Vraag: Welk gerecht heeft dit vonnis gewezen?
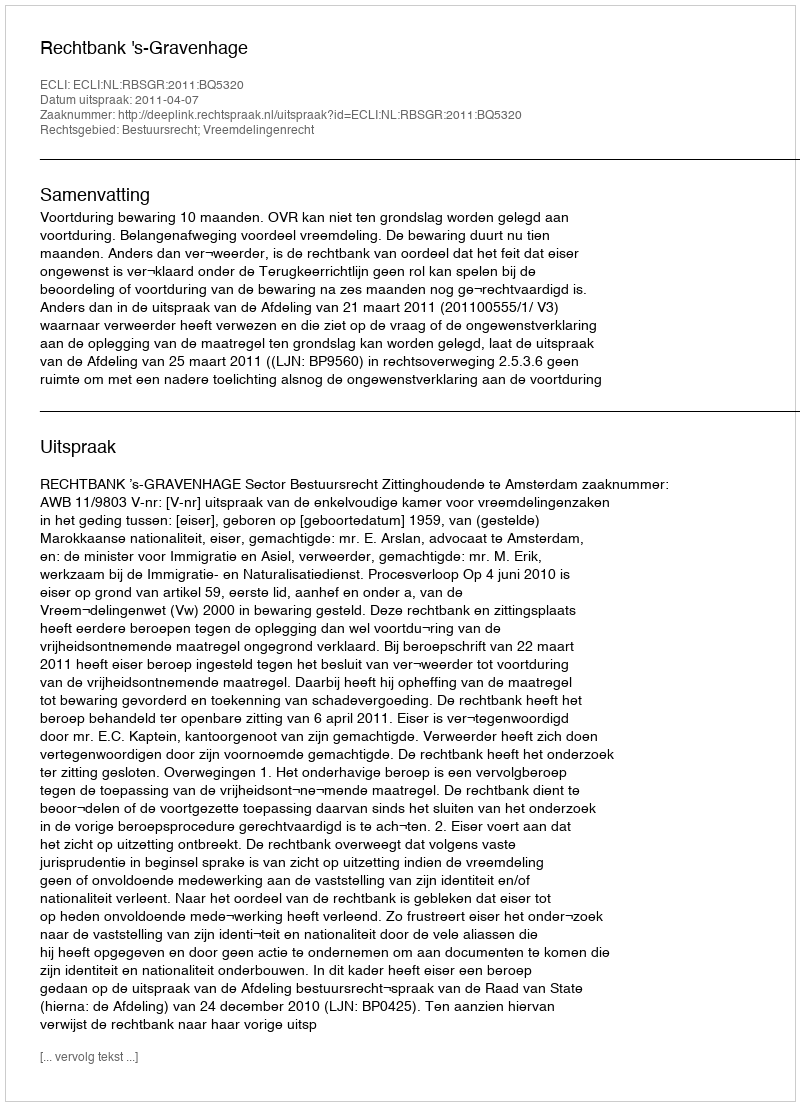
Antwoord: Rechtbank 's-Gravenhage